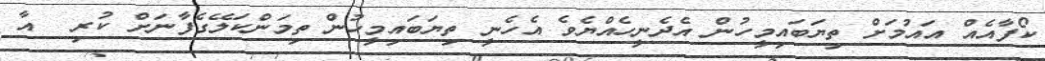
ކޯފާއެއް އައުމަށް ތިޔަބައިމީހުން އެދެނީހެއްޔެވެ އެހެނީ ތިޔަބައިމީހުން ތިމަންކަލޭގެފާނަށް ކުރި  އާ